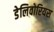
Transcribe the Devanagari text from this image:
डेलिवोरियस